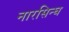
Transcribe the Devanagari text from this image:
नारसिन्घ